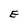
Character: E